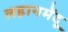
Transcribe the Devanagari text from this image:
लहानमेंदू